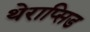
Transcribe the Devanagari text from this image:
थेराप्सिड